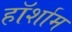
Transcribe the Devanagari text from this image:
हॉर्शाम